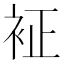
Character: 𧘿